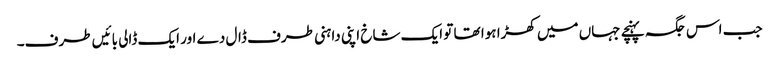
جب اس جگہ پہنچے جہاں میں کھڑا ہوا تھا تو ایک شاخ اپنی داہنی طرف ڈال دے اور ایک ڈالی بائیں طرف۔